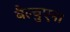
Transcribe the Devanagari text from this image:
बैल्बुएना